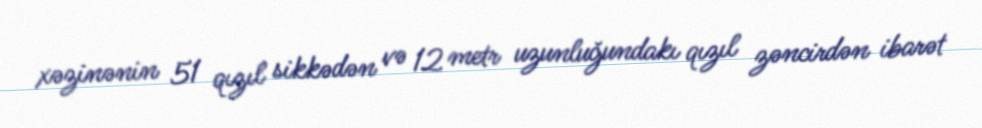
xəzinənin 51 qızıl sikkədən və 12 metr uzunluğundakı qızıl zəncirdən ibarət